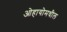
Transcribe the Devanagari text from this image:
ओहायोमधील